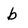
Character: b